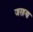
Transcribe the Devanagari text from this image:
जरहण